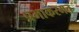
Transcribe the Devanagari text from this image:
प्रभाकरमत